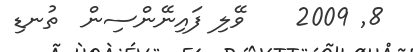
8